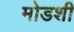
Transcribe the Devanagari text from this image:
मोडशी